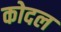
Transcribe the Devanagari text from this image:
कोदल